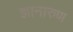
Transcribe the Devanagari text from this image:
ज्ञानारुण